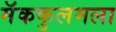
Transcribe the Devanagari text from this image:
मॅककुलमला